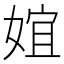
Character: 𡝮